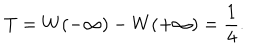
T = W ( - \infty ) - W ( + \infty ) = { \frac { 1 } { 4 } } .